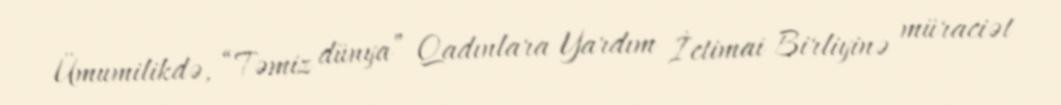
Ümumilikdə, “Təmiz dünya” Qadınlara Yardım İctimai Birliyinə müraciət